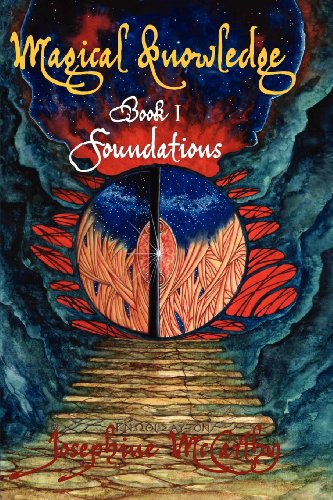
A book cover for Magical Knowledge  Book I Foundations/ The Lone Practitioner; Josephine McCarthy; Religion & Spirituality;